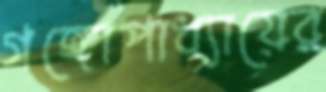
গঙ্গোপাধ্যায়ের